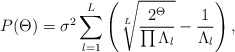
\begin{align*}P(\Theta)=\sigma^2\sum_{l=1}^L\left(\sqrt[L]{\frac{2^\Theta}{\prod{\Lambda}_l}}-\frac{1}{{\Lambda}_l}\right),\end{align*}